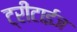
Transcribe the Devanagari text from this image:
ट्रीटाईज